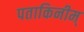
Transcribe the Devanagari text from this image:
पताकिनीम्